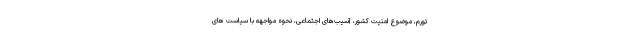
تورم، موضوع امنیت کشور، آسیب‌های اجتماعی، نحوه مواجهه با سیاست های